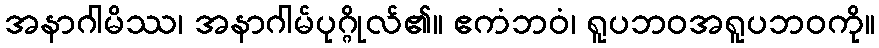
အနာဂါမိဿ၊ အနာဂါမ်ပုဂ္ဂိုလ်၏။ ဧကံဘဝံ၊ ရူပဘဝအရူပဘဝကို။